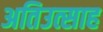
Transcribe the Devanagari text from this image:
अतिउत्साह